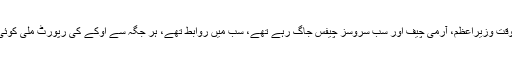
بھارتی دراندازی کے وقت وزیراعظم، آرمی چیف اور سب سروسز چیفس جاگ رہے تھے، سب میں روابط تھے، ہر جگہ سے اوکے کی رپورٹ ملی کوئی جانی نقصان نہیں ہوا۔